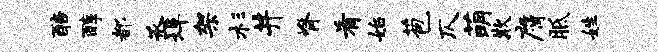
醅醇都丞埠架杉井脊肴始苞仄萌欺膺胝姓